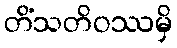
တိံသတိဝဿမှိ